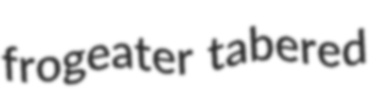
frogeater tabered